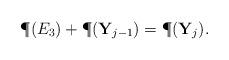
LaTeX: \begin{align*}\P(E_3) + \P(\mathbf{Y}_{j-1} ) =\P(\mathbf{Y}_j ).\end{align*}